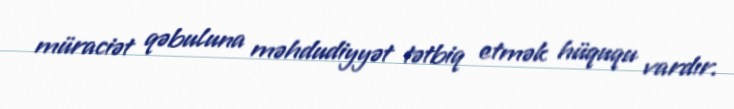
müraciət qəbuluna məhdudiyyət tətbiq etmək hüququ vardır.